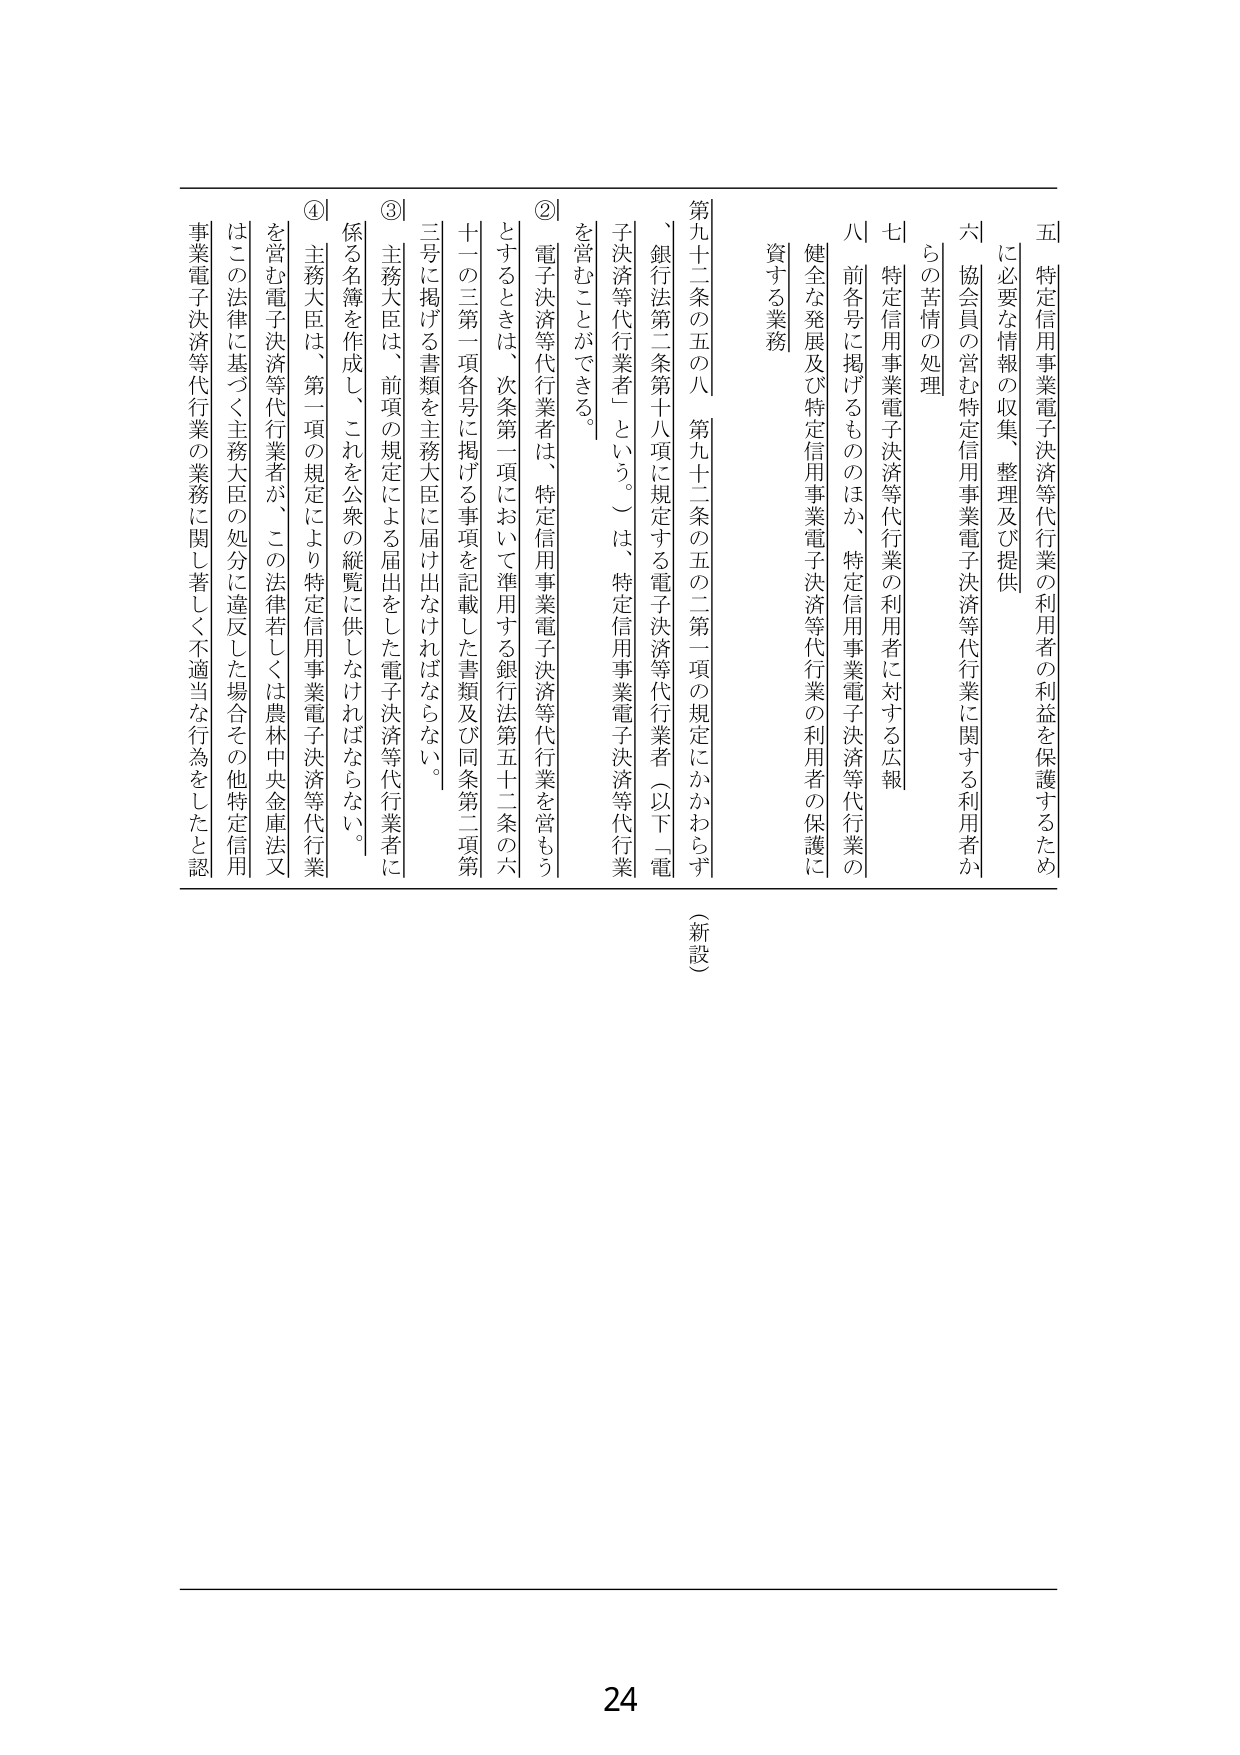
五 特定信用事業電子決済等代行業の利用者の利益を保護するため
に必要な情報の収集、整理及び提供

六 協会員の営む特定信用事業電子決済等代行業に関する利用者か
らの苦情の処理

七 特定信用事業電子決済等代行業の利用者に対する広報

八 前各号に掲げるもののほか、特定信用事業電子決済等代行業の
健全な発展及び特定信用事業電子決済等代行業の利用者の保護に
資する業務

（新設）

第九十二条の五の八 第九十二条の五の二第一項の規定にかかわらず
「銀行法第二条第十八条に規定する電子決済等代行業者（以下「電
子決済等代行業者」という。）は、特定信用事業電子決済等代行業
を営むことができる。

② 電子決済等代行業者は、特定信用事業電子決済等代行業を営もう
とするときは、次条第一項において準用する銀行法第五十二条の六
十一の三第一項各号に掲げる事項を記載した書類及び同条第二項第
三号に掲げる書類を主務大臣に届け出なければならない。

③ 主務大臣は、前項の規定による届出をした電子決済等代行業者に
係る名簿を作成し、これを公衆の縦覧に供しなければならない。

④ 主務大臣は、第一項の規定により特定信用事業電子決済等代行業
を営む電子決済等代行業者が、この法律若しくは農林中央金庫法又
はこの法律に基づく主務大臣の処分に違反した場合その他特定信用
事業電子決済等代行業の業務に関し著しく不適当な行為をしたと認

24